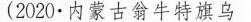
(2020·内蒙古翁牛特旗乌